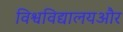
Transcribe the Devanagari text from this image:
विश्वविद्यालयऔर